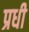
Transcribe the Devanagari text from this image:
प्रधी